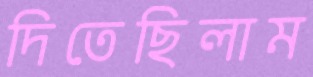
দিতেছিলাম